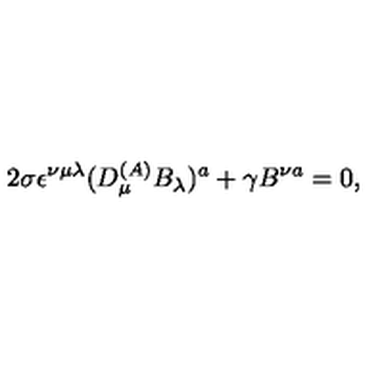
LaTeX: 2 \sigma \epsilon ^ { \nu \mu \lambda } ( D _ { \mu } ^ { ( A ) } B _ { \lambda } ) ^ { a } + \gamma B ^ { \nu a } = 0 ,